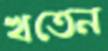
খতেন